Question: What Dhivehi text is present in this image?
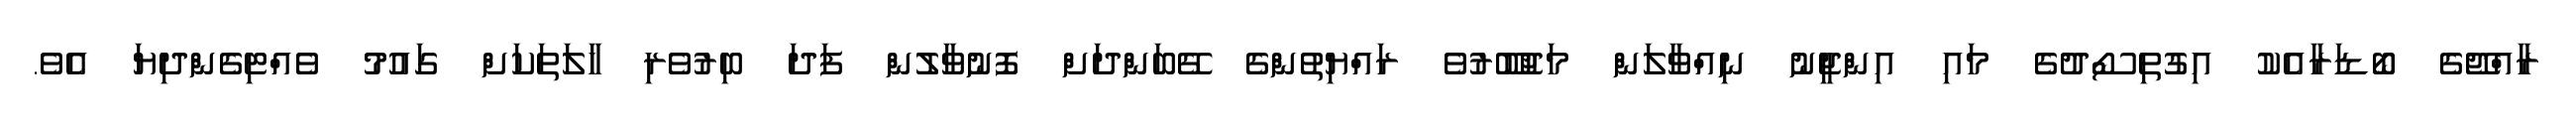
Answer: ރާއްޖޭގެ ބޯޑަރާއެކު އިގުތިސޯދުގެ މައި އިންޖީނު ނިއްވާލަން މަޖުބޫރުވެ ރައްޔިތުންގެ ގޭބަންދަށް ފޮނުވާލުން ފަދަ ބިރުވެރި ހާލަތަކަށް ގައުމު ވެއްޓިގެންދިޔަ އެވެ.